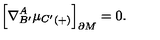
\Bigr [ \nabla _ { B ^ { \prime } } ^ { A } { \mu _ { C ^ { \prime } } } _ { ( + ) } \Bigr ] _ { \partial M } = 0 .